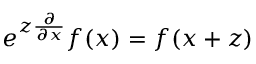
e ^ { z \frac { \partial } { \partial x } } f ( x ) = f ( x + z )